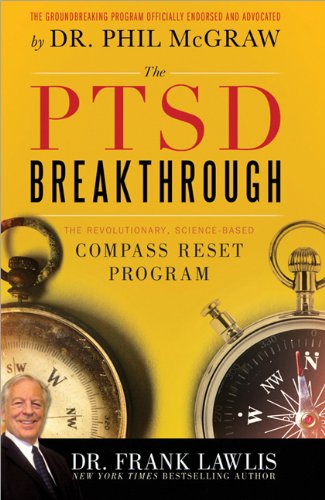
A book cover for The PTSD Breakthrough: The Revolutionary, Science-Based Compass RESET Program; Frank Lawlis Dr.; Health, Fitness & Dieting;